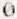
0